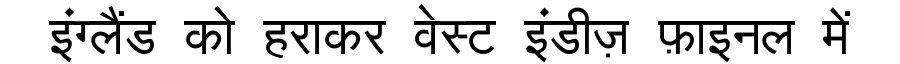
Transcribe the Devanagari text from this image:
इंग्लैंड को हराकर वेस्ट इंडीज़ फ़ाइनल में